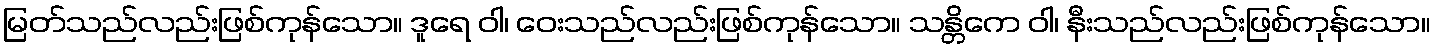
မြတ်သည်လည်းဖြစ်ကုန်သော။ ဒူရေ ဝါ၊ ဝေးသည်လည်းဖြစ်ကုန်သော။ သန္တိကေ ဝါ၊ နီးသည်လည်းဖြစ်ကုန်သော။